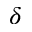
\delta